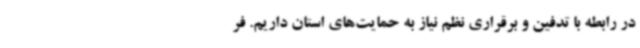
در رابطه با تدفین و برقراری نظم نیاز به حمایت‌های استان داریم. فر